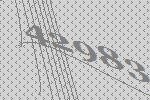
42983